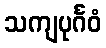
သကျပုင်္ဂဝံ